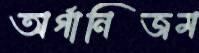
অর্গানিজম